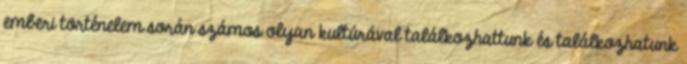
emberi történelem során számos olyan kultúrával találkozhattunk és találkozhatunk